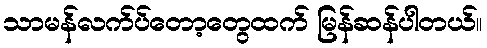
သာမန်လက်ပ်တော့တွေထက် မြန်ဆန်ပါတယ်။